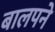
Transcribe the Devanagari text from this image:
बालपने